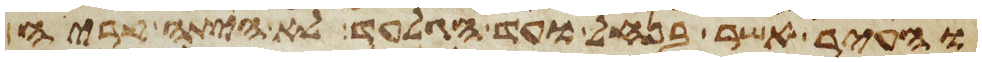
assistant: והעיר אשר בנחל ועד הגלעד לא היתה קריה